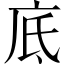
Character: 底